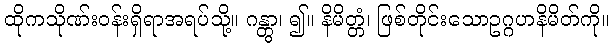
ထိုကသိုဏ်းဝန်းရှိရာအရပ်သို့။ ဂန္တွာ၊ ၍။ နိမိတ္တံ၊ ဖြစ်တိုင်းသောဥဂ္ဂဟနိမိတ်ကို။